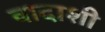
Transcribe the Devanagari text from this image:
वादाशी